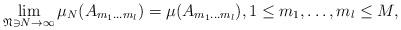
LaTeX: \begin{align*} \lim_{\mathfrak N \ni N \to \infty} \mu_N(A_{m_1\ldots m_l}) = \mu(A_{m_1\ldots m_l}), 1\leq m_1,\ldots, m_l \leq M, \end{align*}